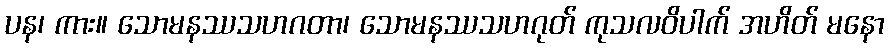
ပန၊ ကား။ သောမနဿသဟဂတာ၊ သောမနဿသဟဂုတ် ကုသလဝိပါက် အဟိတ် မနော